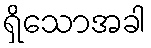
ရှိသောအခါ